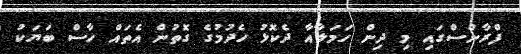
ފްރާންސްގައި މި ދިން ހަމަލާއާ ދެކޮޅު ހެދުމުގެ ގޮތުން އެތައް ހާސް ބަޔަކު